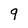
Character: 9